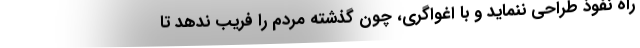
راه نفوذ طراحی ننماید و با اغواگری، چون گذشته مردم را فریب ندهد تا